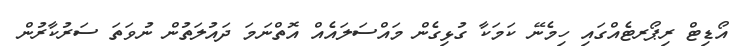
އޯޑިޓް ރިޕޯރޓެއްގައި ހިމެނޭ ކަމަކާ ގުޅިގެން މައްސަލައެއް އޮތްނަމަ ދައުލަތުން ނުވަތަ ސަރުކާރުން